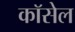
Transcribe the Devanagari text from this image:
कॉसेल